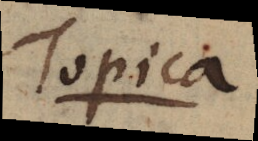
Topica